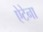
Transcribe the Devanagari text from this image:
ऐटेना